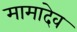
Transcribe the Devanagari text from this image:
मामादेव